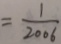
= \frac { 1 } { 2 0 0 6 }